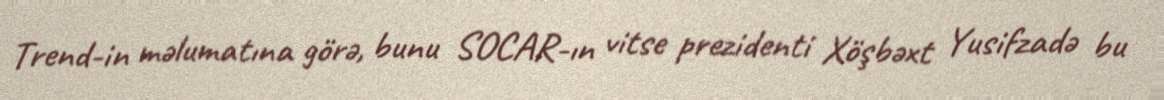
Trend-in məlumatına görə, bunu SOCAR-ın vitse prezidenti Xöşbəxt Yusifzadə bu